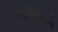
જમીનદારો